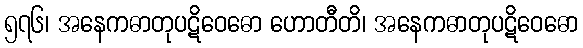
၅၇၆၊ အနေကဓာတုပဋိဝေဓော ဟောတီတိ၊ အနေကဓာတုပဋိဝေဓော